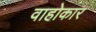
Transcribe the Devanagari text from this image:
वाहोकार